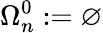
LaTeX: \Omega_{n}^{0}:=\varnothing